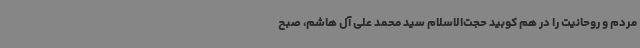
مردم و روحانیت را در هم کوبید حجت‌الاسلام سید محمد علی آل هاشم، صبح